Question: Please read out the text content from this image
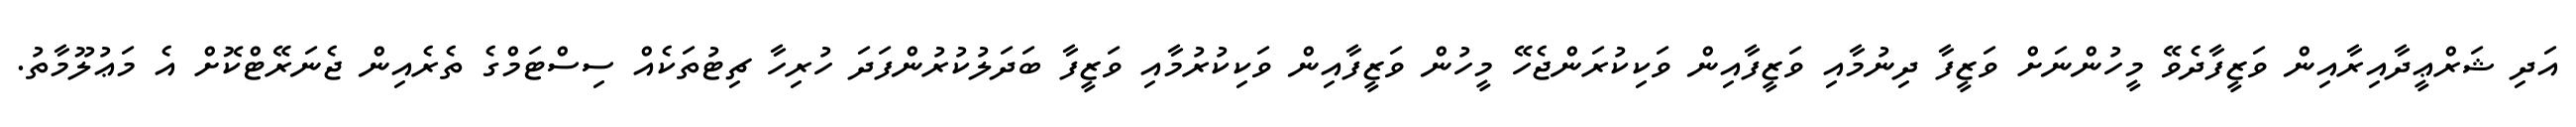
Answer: އަދި ޝަރްޢީދާއިރާއިން ވަޒީފާދެވޭ މީހުންނަށް ވަޒީފާ ދިނުމާއި ވަޒީފާއިން ވަކިކުރަންޖެހޭ މީހުން ވަޒީފާއިން ވަކިކުރުމާއި ވަޒީފާ ބަދަލުކުރުންފަދަ ހުރިހާ ޗިޓުތަކެއް ސިސްޓަމްގެ ތެރެއިން ޖެނަރޭޓްކޮށް އެ މަޢުލޫމާތު.